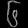
Digit: ၆